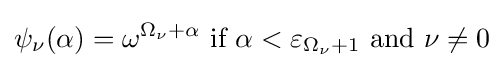
\psi _{\nu }(\alpha )=\omega ^{\Omega _{\nu }+\alpha }{\text{ if }}\alpha <\varepsilon _{\Omega _{\nu }+1}{\text{ and }}\nu \neq 0